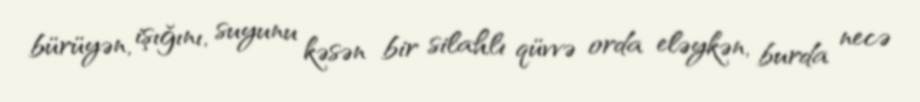
bürüyən, işığını, suyunu kəsən bir silahlı qüvvə orda eləykən, burda necə